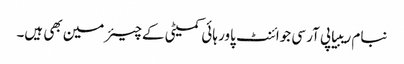
نبام ریبیا پی آر سی جوائنٹ پاور ہائی کمیٹی کےچیئرمین بھی ہیں۔